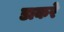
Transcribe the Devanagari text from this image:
डाकरे